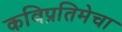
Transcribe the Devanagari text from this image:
कविप्रतिमेचा